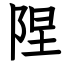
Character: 陧